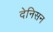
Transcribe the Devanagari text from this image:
देनिसन